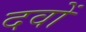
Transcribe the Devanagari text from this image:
दवों